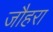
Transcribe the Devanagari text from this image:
जौहरा